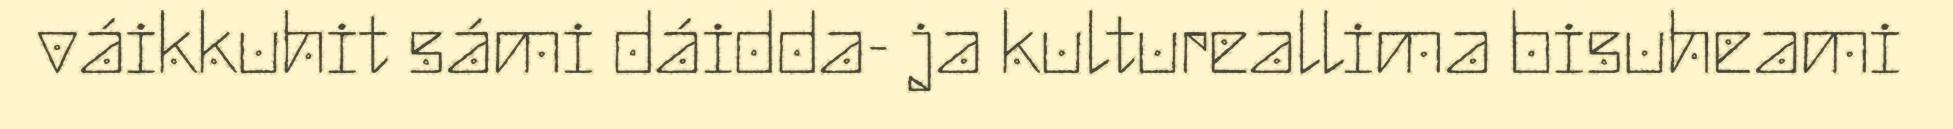
váikkuhit sámi dáidda- ja kultureallima bisuheami